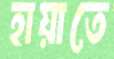
হায়াতে